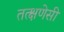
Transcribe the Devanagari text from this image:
तत्क्षणेसी